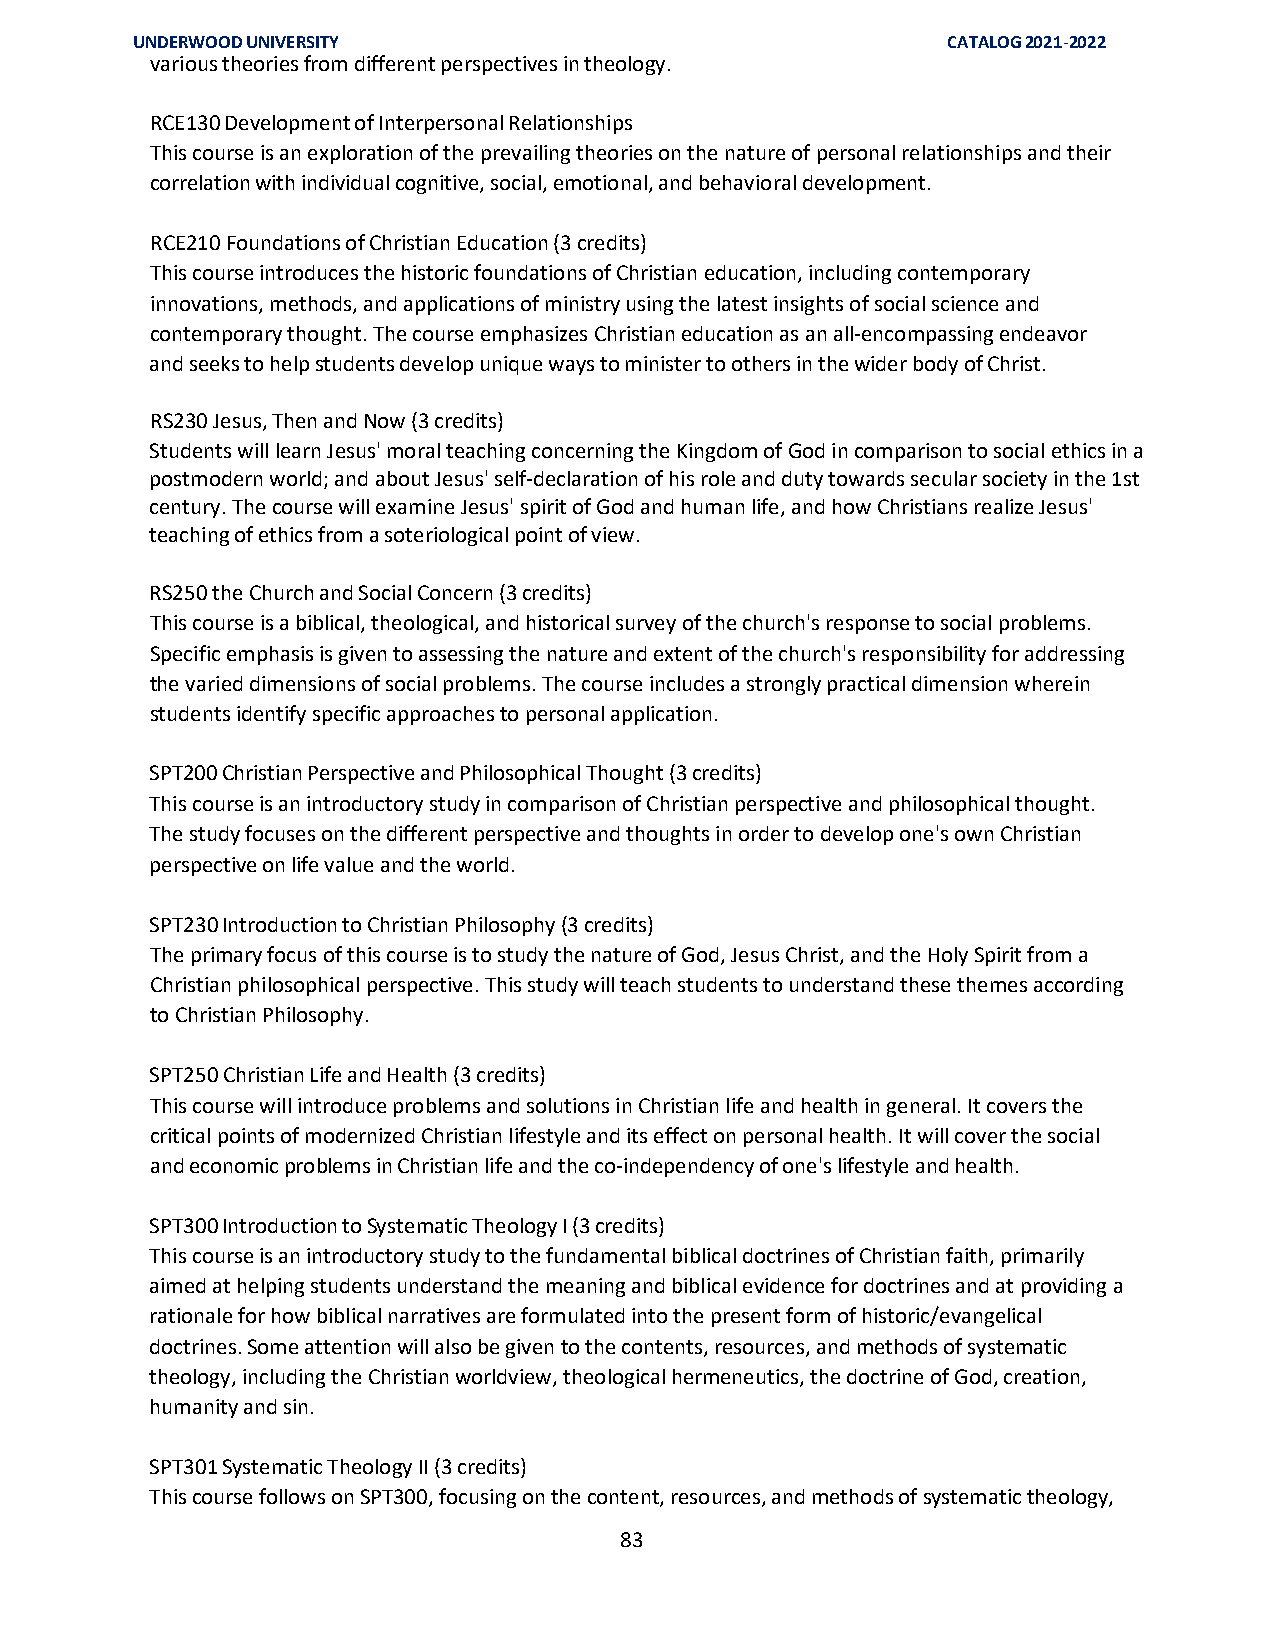
UNDERWOOD UNIVERSITY                                  CATALOG 2021-2022
 various theories from different perspectives in theology.
 RCE130 Development of Interpersonal Relationships
 This course is an exploration of the prevailing theories on the nature of personal relationships and their
 correlation with individual cognitive, social, emotional, and behavioral development.
 RCE210 Foundations of Christian Education (3 credits)
 This course introduces the historic foundations of Christian education, including contemporary
 innovations, methods, and applications of ministry using the latest insights of social science and
 contemporary thought. The course emphasizes Christian education as an all-encompassing endeavor
 and seeks to help students develop unique ways to minister to others in the wider body of Christ.
 RS230 Jesus, Then and Now (3 credits)
 Students will learn Jesus' moral teaching concerning the Kingdom of God in comparison to social ethics in a
 postmodern world; and about Jesus' self-declaration of his role and duty towards secular society in the 1st
 century. The course will examine Jesus' spirit of God and human life, and how Christians realize Jesus'
 teaching of ethics from a soteriological point of view.
 RS250 the Church and Social Concern (3 credits)
 This course is a biblical, theological, and historical survey of the church's response to social problems.
 Specific emphasis is given to assessing the nature and extent of the church's responsibility for addressing
 the varied dimensions of social problems. The course includes a strongly practical dimension wherein
 students identify specific approaches to personal application.
 SPT200 Christian Perspective and Philosophical Thought (3 credits)
 This course is an introductory study in comparison of Christian perspective and philosophical thought.
 The study focuses on the different perspective and thoughts in order to develop one's own Christian
 perspective on life value and the world.
 SPT230 Introduction to Christian Philosophy (3 credits)
 The primary focus of this course is to study the nature of God, Jesus Christ, and the Holy Spirit from a
 Christian philosophical perspective. This study will teach students to understand these themes according
 to Christian Philosophy.
 SPT250 Christian Life and Health (3 credits)
 This course will introduce problems and solutions in Christian life and health in general. It covers the
 critical points of modernized Christian lifestyle and its effect on personal health. It will cover the social
 and economic problems in Christian life and the co-independency of one's lifestyle and health.
 SPT300 Introduction to Systematic Theology I (3 credits)
 This course is an introductory study to the fundamental biblical doctrines of Christian faith, primarily
 aimed at helping students understand the meaning and biblical evidence for doctrines and at providing a
 rationale for how biblical narratives are formulated into the present form of historic/evangelical
 doctrines. Some attention will also be given to the contents, resources, and methods of systematic
 theology, including the Christian worldview, theological hermeneutics, the doctrine of God, creation,
 humanity and sin.
 SPT301 Systematic Theology II (3 credits)
 This course follows on SPT300, focusing on the content, resources, and methods of systematic theology,
 83